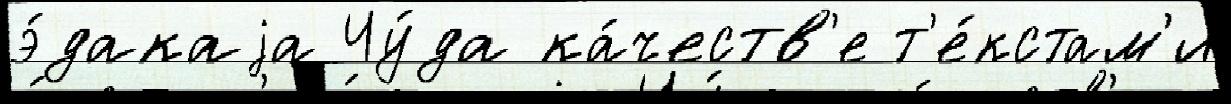
э́дакаjа Чу́да ка́честв'е т'е́кстам'и